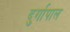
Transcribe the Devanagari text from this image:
दुर्गापाल